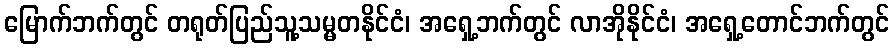
မြောက်ဘက်တွင် တရုတ်ပြည်သူ့သမ္မတနိုင်ငံ၊ အရှေ့ဘက်တွင် လာအိုနိုင်ငံ၊ အရှေ့တောင်ဘက်တွင်